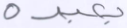
بعبده